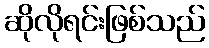
ဆိုလိုရင်းဖြစ်သည်